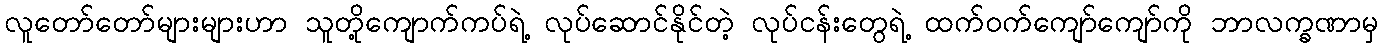
လူတော်တော်များများဟာ သူတို့ကျောက်ကပ်ရဲ့ လုပ်ဆောင်နိုင်တဲ့ လုပ်ငန်းတွေရဲ့ ထက်ဝက်ကျော်ကျော်ကို ဘာလက္ခဏာမှ